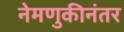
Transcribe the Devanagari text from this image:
नेमणुकीनंतर